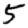
Digit: 5